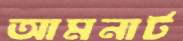
আমনার্ট